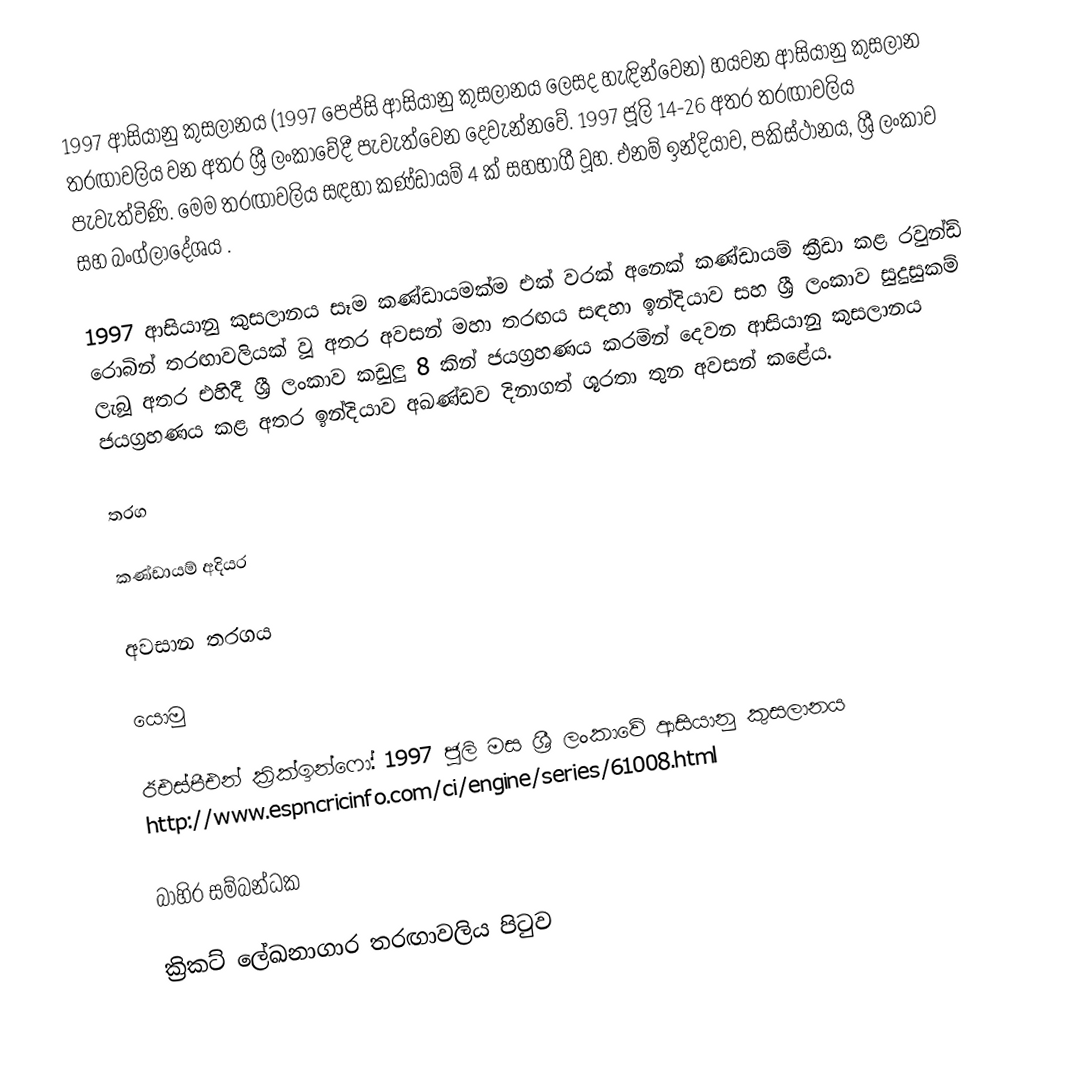
1997 ආසියානු කුසලානය (1997 පෙප්සි ආසියානු කුසලානය ලෙසද හැඳින්වෙන) හයවන ආසියානු කුසලාන තරඟාවලිය වන අතර  ශ්‍රී ලංකාවේදී පැවැත්වෙන දෙවැන්නවේ. 1997 ජූලි 14-26 අතර තරඟාවලිය පැවැත්විණි. මෙම තරඟාවලිය සඳහා කණ්ඩායම් 4 ක් සහභාගී වූහ. එනම් ඉන්දියාව, පකිස්ථානය, ශ්‍රී ලංකාව සහ බංග්ලාදේශය .

1997 ආසියානු කුසලානය සෑම කණ්ඩායමක්ම එක් වරක් අනෙක් කණ්ඩායම් ක්‍රීඩා කළ රවුන්ඩ් රොබින් තරඟාවලියක් වූ අතර අවසන් මහා තරඟය සඳහා ඉන්දියාව සහ ශ්‍රී ලංකාව සුදුසුකම් ලැබූ අතර එහිදී ශ්‍රී ලංකාව කඩුලු 8 කින් ජයග්‍රහණය කරමින් දෙවන ආසියානු කුසලානය ජයග්‍රහණය කළ අතර ඉන්දියාව අඛණ්ඩව දිනාගත් ශූරතා තුන අවසන් කළේය.

තරග

කණ්ඩායම් අදියර

අවසාන තරගය

යොමු

 ඊඑස්පීඑන් ක්‍රික්ඉන්ෆෝ: 1997 ජූලි මස ශ්‍රී ලංකාවේ ආසියානු කුසලානය http://www.espncricinfo.com/ci/engine/series/61008.html

බාහිර සම්බන්ධක

 ක්‍රිකට් ලේඛනාගාර තරඟාවලිය පිටුව